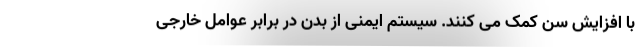
با افزایش سن کمک می کنند. سیستم ایمنی از بدن در برابر عوامل خارجی